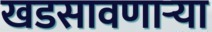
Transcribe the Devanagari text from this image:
खडसावणार्‍या